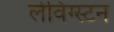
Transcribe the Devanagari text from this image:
लेविंग्स्टन